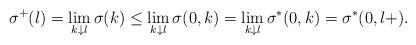
LaTeX: \begin{align*}\sigma^+(l)=\lim_{k\downarrow l}\sigma(k)\leq \lim_{k \downarrow l}\sigma(0,k) = \lim_{k \downarrow l}\sigma^*(0,k)=\sigma^*(0,l+). \end{align*}